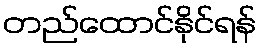
တည်ထောင်နိုင်ရန်